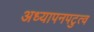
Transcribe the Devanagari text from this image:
अध्यापनपटुत्व